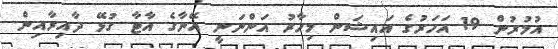
އުމުރުން 19 އަހަރުގެ އައިޝަން މިހާރު އަންނަނީ އޭނާގެ އާޓާ ގުޅޭ ދާއިރާއިން